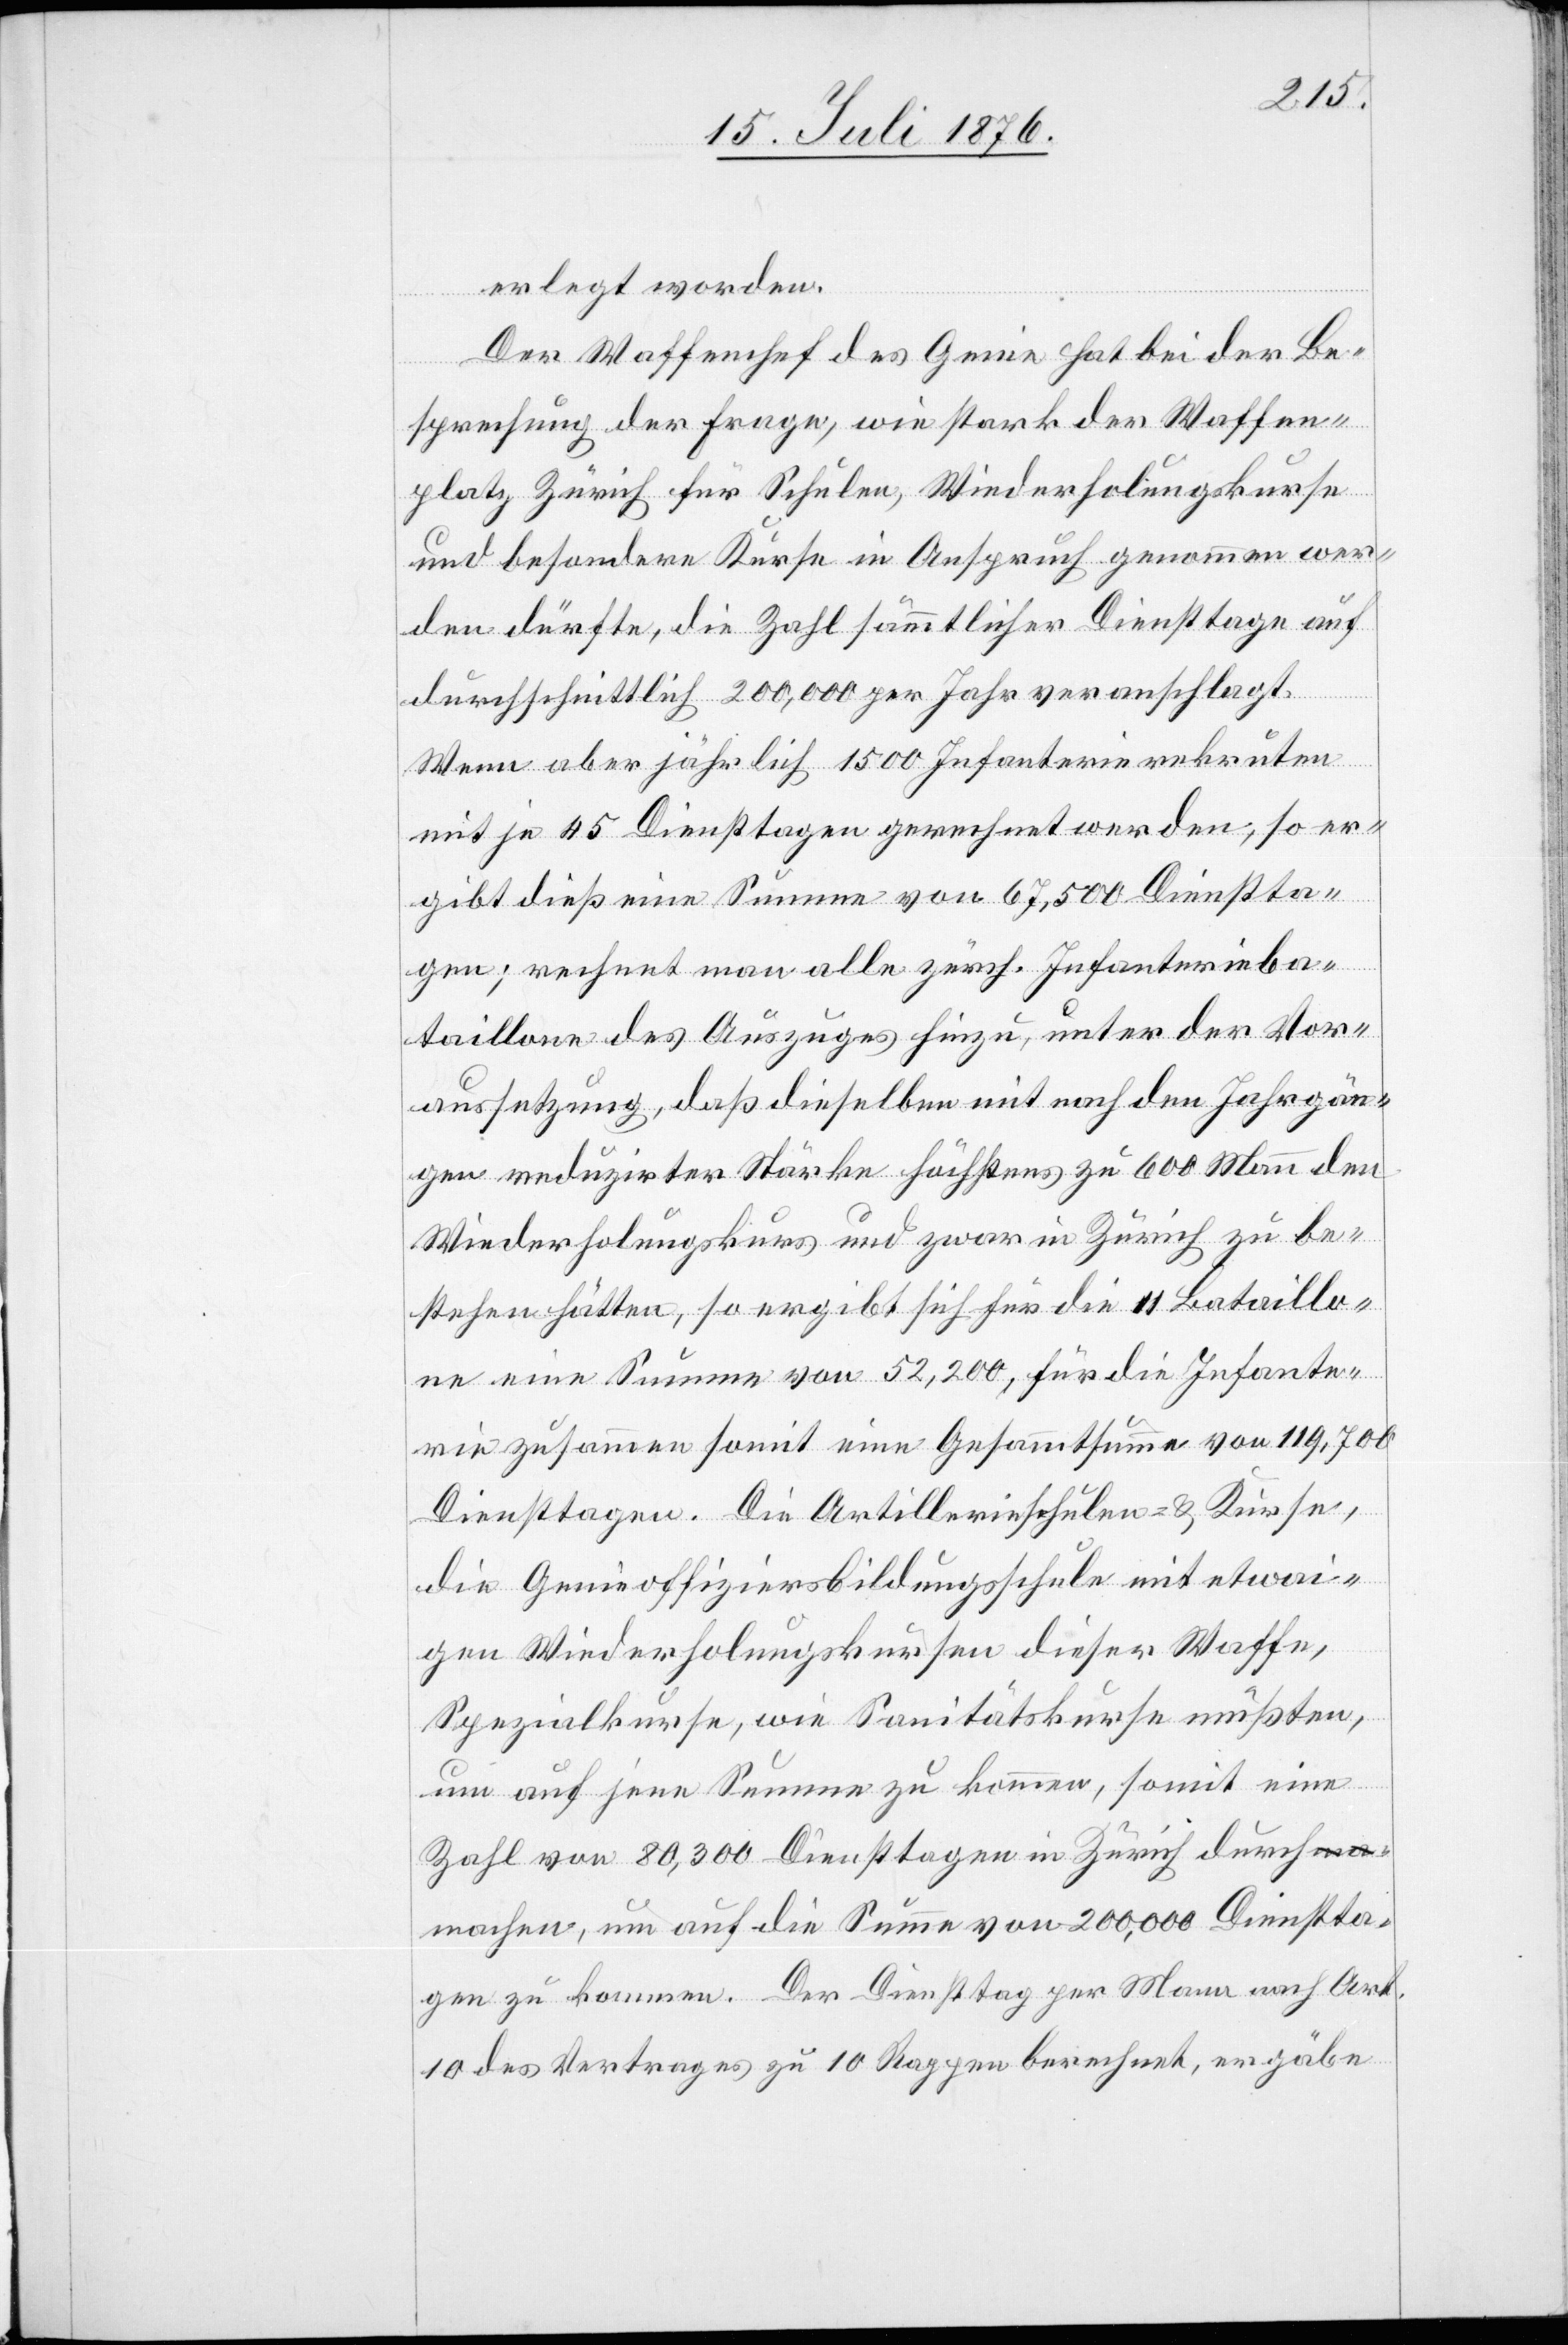
erlegt werden.
Der Waffenchef des Genie hat bei der Be¬
sprechung der Frage, wie stark der Waffen¬
platz Zürich für Schulen, Wiederholungskurse
und besondere Kurse in Anspruch genommen wer¬
den dürfte, die Zahl sämmtlicher Diensttage auf
durchschnittlich 200,000 per Jahr veranschlagt.
Wenn aber jährlich 1500 Infanterierekruten
mit je 45 Diensttagen gerechnet werden, so er¬
gibt dieß eine Summe von 67,500 Dienstta¬
gen; rechnet man alle zürch. Infanterieba¬
taillone des Auszuges hinzu, unter der Vor¬
aussetzung, daß dieselben mit nach den Jahrgän¬
gen reduzirten Stärke höchstens zu 600 Mann den
Wiederholungskurs und zwar in Zürich zu be¬
stehen hätten, so ergibt sich für die 11 Bataillo¬
ne eine Summe von 52,200, für die Infante¬
rie zusammen somit eine Gesammtsumme von 119,700
Diensttagen. Die Artillerieschulen- & Kurse,
die Genieoffziersbildungsschule mit etwai¬
gen Wiederholungskursen dieser Waffe,
Spezialkurse, wie Sanitätskurse müßten,
um auf jene Summe zu kommen, somit eine
Zahl von 80,300 Diensttagen in Zürich durch¬
machen, um auf die Summe von 20,000 Dienstta¬
gen zu kommen. Der Diensttag per Mann nach Art.
10 des Vertrages zu 10 Rappen berechnet, ergäbe